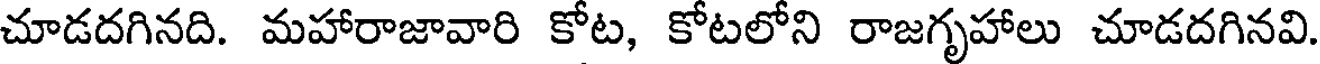
చూడదగినది. మహారాజావారి కోట, కోటలోని రాజగృహాలు చూడదగినవి